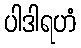
ပါဒါရဟံ